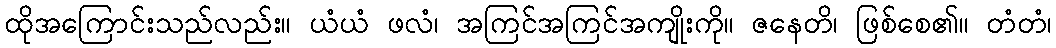
ထိုအကြောင်းသည်လည်း။ ယံယံ ဖလံ၊ အကြင်အကြင်အကျိုးကို။ ဇနေတိ၊ ဖြစ်စေ၏။ တံတံ၊